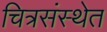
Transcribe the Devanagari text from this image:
चित्रसंस्थेत